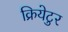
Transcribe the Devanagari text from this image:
क्रियेटुर